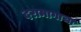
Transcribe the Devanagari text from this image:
दरामागाचा